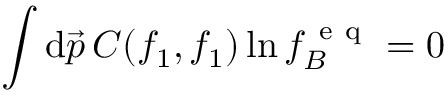
\int \mathrm d \vec { p } \, C ( f _ { 1 } , f _ { 1 } ) \ln f _ { B } ^ { \mathrm { ~ e ~ q ~ } } = 0